Civil Veterinary Department Bengal reports 1923-33 - 1923-1933
Year: 1923
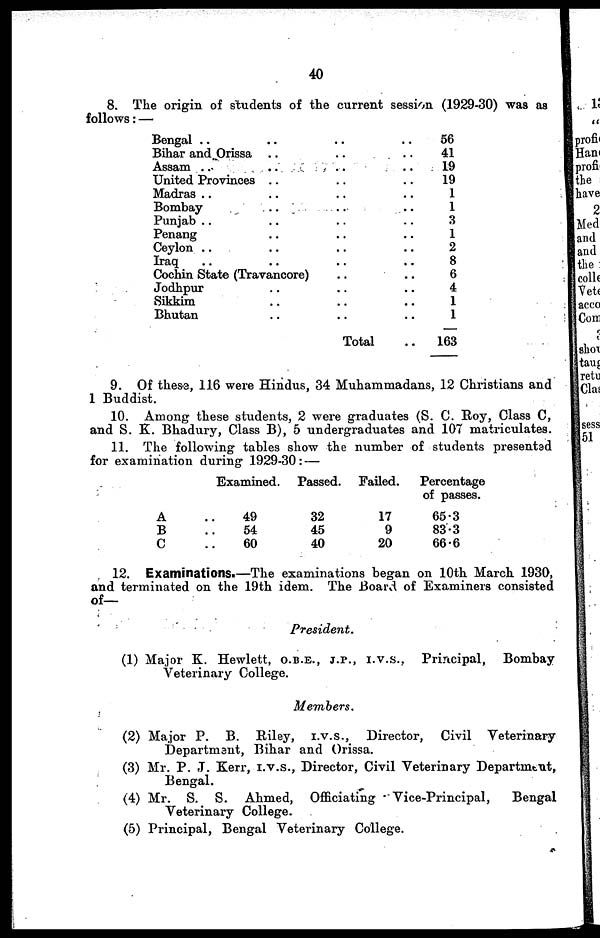
40
8. The origin of students of the current session (1929-30) was as
follows :—
Bengal .. ..
Bihar and Orissa ..
Assam .. ..
United Provinces ..
Madras .. ..
Bombay .. ..
Punjab .. ..
Penang .. ..
Ceylon.. ..
Iraq ....
Cochin State (Travancore)
Jodhpur ..
Sikkim .. ..
Bhutan ..
.. ..
....
.. ..
.. ..
.. ..
.. ..
.. ..
.. ..
.. ..
.. ..
....
.. ..
.. ..
.. ..
Total ..
56
41
19
19
1
1
3
1
2
8
6
4
1
1
163
9. Of these, 116 were Hindus, 34 Muhammadans, 12 Christians and
1 Buddist.
10. Among these students, 2 were graduates (S. C. Roy, Class C,
and S. K. Bhadury, Class B), 5 undergraduates and 107 matriculates.
11. The following tables show the number of students presented
for examination during 1929-30: —
A
B
C
Examined.
49
54
60
Passed.
32
45
40
Failed.
17
9
20
Percentage
of passes.
65.3
83.3
66.6
12. Examinations.—The examinations began on 10th March 1930,
and terminated on the 19th idem. The Board of Examiners consisted
of—
President.
(1) Major K. Hewlett, O.B.E., J.B., I.V.S., Principal,
Bombay
Veterinary College.
Members.
(2) Major P. B. Riley,
I.V.S.,
Director, Civil Veterinary
Department, Bihar and Orissa.
(3) Mr. P. J. Kerr, I.V.S., Director, Civil Veterinary Department,
Bengal.
(4) Mr. S. S. Ahmed, Officiating
Vice-Principal,
Bengal
Veterinary College.
(5) Principal, Bengal Veterinary College.